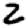
Digit: 2